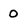
Character: 0